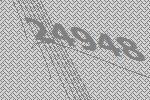
24948